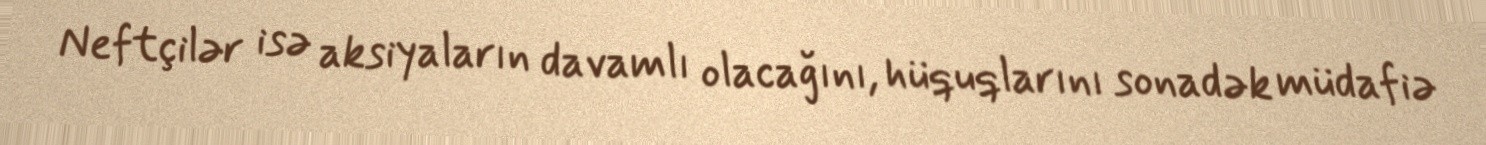
Neftçilər isə aksiyaların davamlı olacağını, hüquqlarını sonadək müdafiə